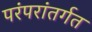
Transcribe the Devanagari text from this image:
परंपरांतर्गत